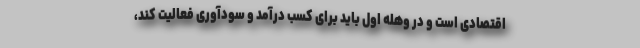
اقتصادی است و در وهله اول باید برای کسب درآمد و سودآوری فعالیت کند،